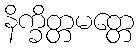
နိက္ခိတ္တမတ္တေ